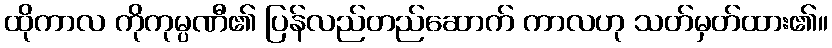
ထိုကာလ ကိုကုမ္ပဏီ၏ ပြန်လည်တည်ဆောက် ကာလဟု သတ်မှတ်ထား၏။